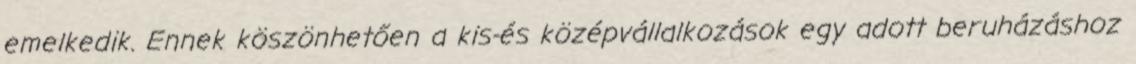
emelkedik. Ennek köszönhetően a kis-és középvállalkozások egy adott beruházáshoz